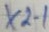
Text: X2-1